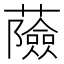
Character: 𧂹